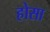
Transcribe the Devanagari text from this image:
होसा